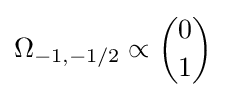
\Omega _{-1,-1/2}\propto {\binom {0}{1}}